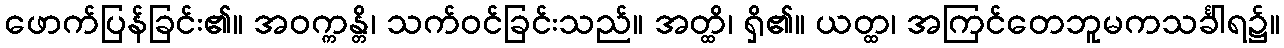
ဖောက်ပြန်ခြင်း၏။ အဝက္ကန္တိ၊ သက်ဝင်ခြင်းသည်။ အတ္ထိ၊ ရှိ၏။ ယတ္ထ၊ အကြင်တေဘူမကသင်္ခါရ၌။